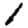
Digit: 1